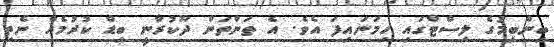
ބިންބިމުގެ ލިސްޓްގައި ހިމަނައިފަ އެވެ. އެ ތަންތަން ދޫކުރާނީ ބިޑް ކުރުމެއް ނެތި